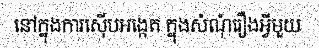
នៅក្នុងការស៊ើបអង្កេត ក្នុងសំណុំរឿងអ្វីមួយ